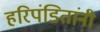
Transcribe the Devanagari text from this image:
हरिपंडितांनी